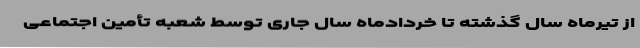
از تیرماه سال گذشته تا خردادماه سال جاری توسط شعبه تأمین اجتماعی